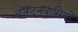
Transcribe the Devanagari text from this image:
बॉस्टनवासियों